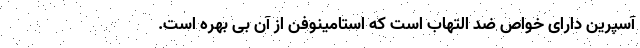
آسپرین دارای خواص ضد التهاب است که استامینوفن از آن بی بهره است.